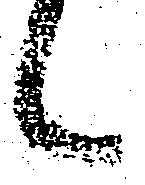
々